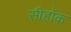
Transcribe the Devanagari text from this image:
सीहॉक